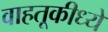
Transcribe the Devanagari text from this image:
वाहतूकीध्ये